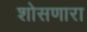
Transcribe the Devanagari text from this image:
शोसणारा